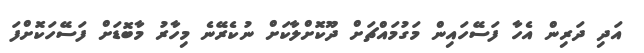
އަދި ދަރިން އެހާ ފަސޭހައިން މަގުމައްޗަށް ދޫކޮށްލާކަށް ނުކެރޭނެ މިހާރު މާބޮޑަށް ފަސޭހަކޮށްފަ